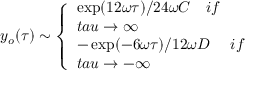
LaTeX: y _ { o } ( \tau ) \sim \left\{ \begin{array} { l } { { \exp ( 1 2 \omega \tau ) / 2 4 \omega C \ \ \ i f \ } } \\ { { t a u \rightarrow \infty } } \\ { { - \exp ( - 6 \omega \tau ) / 1 2 \omega D \ \ \ \ i f \ } } \\ { { t a u \rightarrow - \infty } } \end{array} \right.